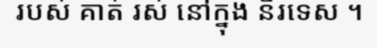
របស់ គាត់ រស់ នៅក្នុង និរទេស ។